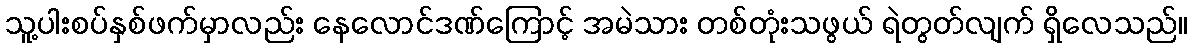
သူ့ပါးစပ်နှစ်ဖက်မှာလည်း နေလောင်ဒဏ်ကြောင့် အမဲသား တစ်တုံးသဖွယ် ရဲတွတ်လျက် ရှိလေသည်။